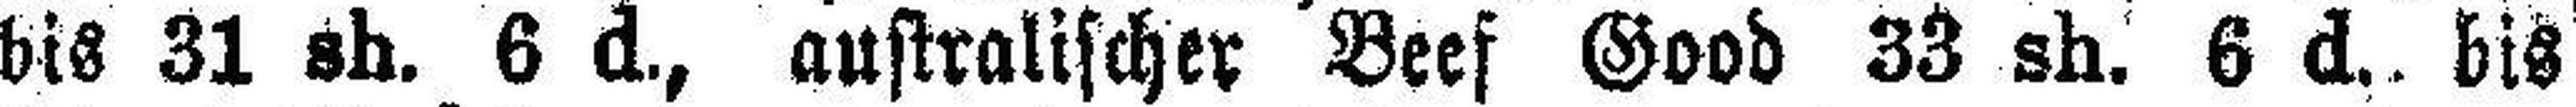
bis 31 sh. 6 d., australischer Beef Good 33 sh. 6 d. bis